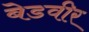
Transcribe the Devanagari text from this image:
बेडवीर